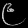
Digit: ၉